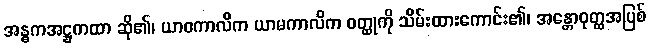
အန္ဓကအဋ္ဌကထာ ဆို၏၊ ယာဝကာလိက ယာမကာလိက ဝတ္ထုကို သိမ်းထားကောင်း၏၊ အန္တောဝုတ္ထအပြစ်